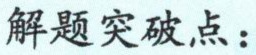
解题突破点：